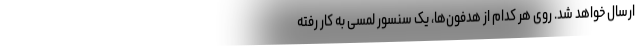
ارسال خواهد شد. روی هر کدام از هدفون‌ها، یک سنسور لمسی به کار رفته